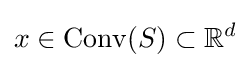
x\in \mathrm {Conv} (S)\subset \mathbb {R} ^{d}